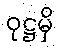
ဝုဋ္ဌမှိ